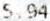
5.94